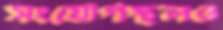
সংযোগস্থলও